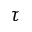
\tau